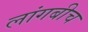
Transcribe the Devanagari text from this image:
लांगबीच